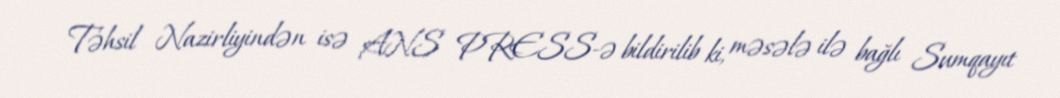
Təhsil Nazirliyindən isə ANS PRESS-ə bildirilib ki, məsələ ilə bağlı Sumqayıt